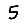
Digit: 5